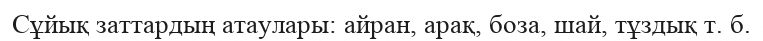
Сұйық заттардың атаулары: айран, арақ, боза, шай, тұздық т. б.